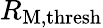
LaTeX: R_{\mathrm{M},\mathrm{thresh}}